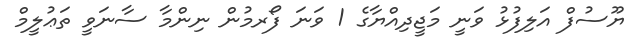
ޔޫސުފް އަލިފުޅު ވަނީ މަޖީދިއްޔާގެ 1 ވަނަ ފޯރމުން ނިންމާ ސާނަވީ ތަޢުލީމް